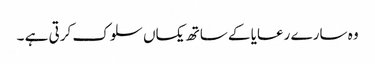
وہ سارے رعایا کے ساتھ یکساں سلوک کرتی ہے ۔